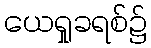
ယေရှုခရစ်၌